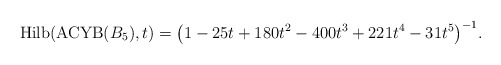
\begin{gather*}{\rm Hilb}({\rm ACYB}(B_5),t)=\big(1-25t+180t^2-400t^3+221t^4-31t^5\big)^{-1}.\end{gather*}